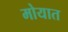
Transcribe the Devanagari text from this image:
मोयात